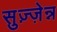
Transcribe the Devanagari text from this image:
सुज़्ज़ेन्न